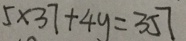
5 \times 3 7 + 4 y = 3 5 7